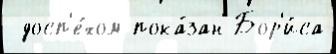
 досп'е́хом пока́зан Бор'и́са